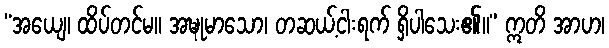
“အယျေ၊ ထိပ်တင်မ။ အဍ္ဎုမာသော၊ တဆယ့်ငါးရက် ရှိပါသေး၏။” ဣတိ အာဟ၊